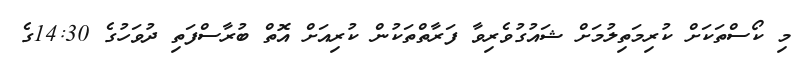
މި ކޯސްތަކަށް ކުރިމަތިލުމަށް ޝައުގުވެރިވާ ފަރާތްތަކުން ކުރިއަށް އޮތް ބުރާސްފަތި ދުވަހުގެ 14:30ގެ